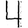
Digit: 4